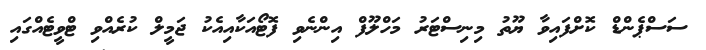
ސަސްޕެންޑް ކޮށްފައިވާ ޔޫތު މިނިސްޓަރު މަހްލޫފް އިންނެވި ފޮޓޯއަކާއިއެކު ޖަމީލް ކުރެއްވި ޓްވީޓެއްގައި